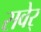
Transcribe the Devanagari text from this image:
सवेर्